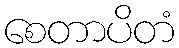
စေတာပိတံ